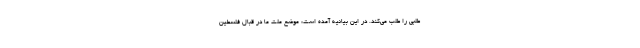
طلبی را طلب می‌کند. در این بیانیه آمده است: موضع ملت ما در قبال فلسطین